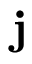
\mathbf { j }